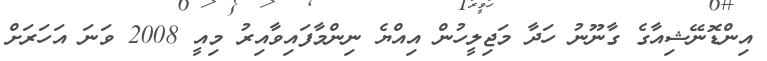
އިންޑޮނޭޝިއާގެ ގާނޫނު ހަދާ މަޖިލީހުން އިއްޔެ ނިންމާފައިވާއިރު މިއީ 2008 ވަނަ އަހަރަށް